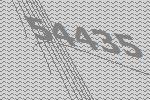
54435